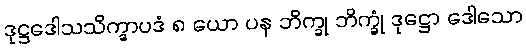
ဒုဋ္ဌဒေါသသိက္ခာပဒံ ၈ ယော ပန ဘိက္ခု ဘိက္ခုံ ဒုဋ္ဌော ဒေါသော